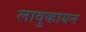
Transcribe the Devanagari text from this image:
लावुकायन